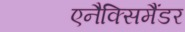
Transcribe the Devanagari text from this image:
एनैक्सिमैंडर